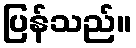
ပြန်သည်။